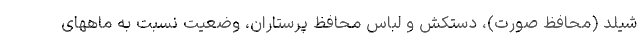
شیلد (محافظ صورت)، دستکش و لباس محافظ پرستاران، وضعیت نسبت به ماههای